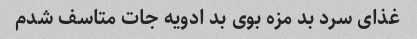
غذای سرد بد مزه بوی بد ادویه جات متاسف شدم